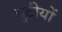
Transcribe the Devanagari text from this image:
बुटीयों